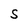
Character: S